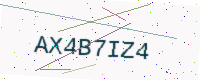
Text: AX4B7IZ4